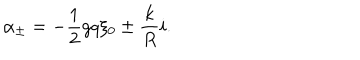
\alpha _ { \pm } = - { \frac { 1 } { 2 } } g q \xi _ { 0 } \pm { \frac { k } { R } } i .